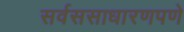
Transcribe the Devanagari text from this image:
सर्वससाधारणपणे